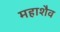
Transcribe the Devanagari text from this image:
महाशैव